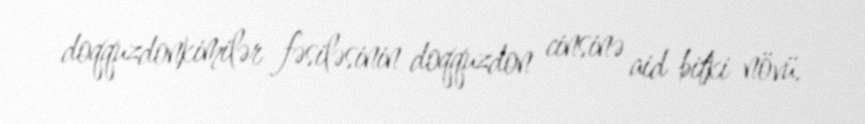
doqquzdonkimilər fəsiləsinin doqquzdon cinsinə aid bitki növü.